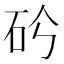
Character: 𥐤